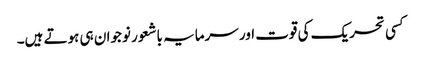
کسی تحریک کی قوت اور سرمایہ باشعور نوجوان ہی ہوتے ہیں۔